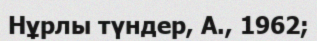
Нұрлы түндер, А., 1962;